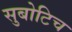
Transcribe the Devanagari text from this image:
सुबोटिच